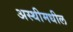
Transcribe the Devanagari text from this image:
अस्थीमधील